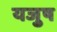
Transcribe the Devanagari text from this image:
यजुष